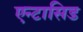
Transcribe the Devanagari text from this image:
एन्टासिड